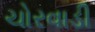
ચોરવાડી